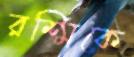
রশ্মিকে